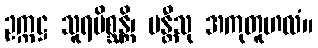
ဥက္ကဋ္ဌ သူရမိစ္ဆန္တိ၊ မန္တီသု အကုတူဟလံ။